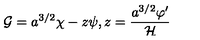
{ \cal G } = a ^ { 3 / 2 } \chi - z \psi , z = \frac { a ^ { 3 / 2 } \varphi ^ { \prime } } { { \cal H } }